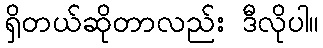
ရှိတယ်ဆိုတာလည်း ဒီလိုပါ။